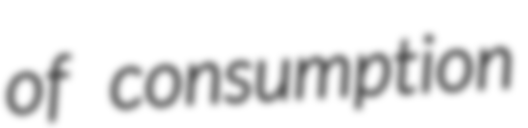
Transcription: of consumption